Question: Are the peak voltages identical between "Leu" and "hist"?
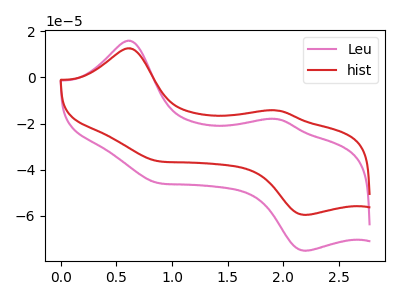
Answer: <think>The pink curve "Leu" has anodic peaks at (0.60V, 15.85uA) (1.95V, -18.00uA) and cathodic peaks at (0.85V, -45.60uA) (2.20V, -75.10uA). The red curve "hist" has anodic peaks at (0.60V, 12.60uA) (1.95V, -14.30uA) and cathodic peaks at (0.85V, -36.15uA) (2.20V, -59.55uA).</think>
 <answer>Yes, "Leu" have a peak in "hist" at the same potential.</answer>
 <eval>match</eval>